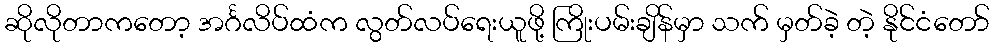
ဆိုလိုတာကတော့ အင်္ဂလိပ်ထံက လွတ်လပ်ရေးယူဖို့ ကြိုးပမ်းချိန်မှာ သက် မှတ်ခဲ့ တဲ့ နိုင်ငံတော်